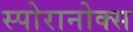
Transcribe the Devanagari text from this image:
स्पोरानोक्स